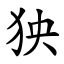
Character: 㹧